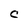
Character: C